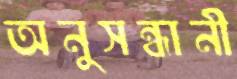
অনুসন্ধানী